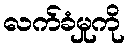
လက်ခံမှုကို